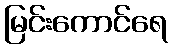
မြင်းကောင်ရေ